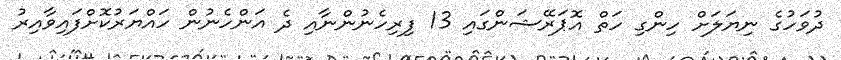
ދުވަހުގެ ނިޔަލަށް ހިންގި ހަތް އޮޕަރޭޝަންގައި 13 ފިރިހެނުންނާއި ދެ އަންހެނުން ހައްޔަރުކޮށްފައިވާއިރު